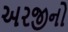
અરજીનો